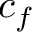
c _ { f }